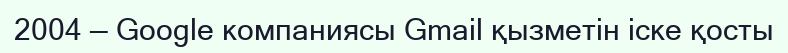
2004 — Google компаниясы Gmail қызметін іске қосты